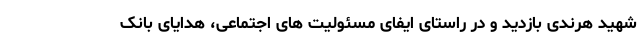
شهید هرندی بازدید و در راستای ایفای مسئولیت های اجتماعی، هدایای بانک